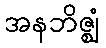
အနဘိဇ္ဈံ